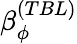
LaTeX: \beta_{\phi}^{(TBL)}